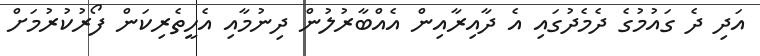
އަދި ދެ ގައުމުގެ ދެމެދުގައި އެ ދާއިރާއިން އެއްބާރުލުން ދިނުމާއި އެހީތެރިކަން ފޯރުކުރުމަށް